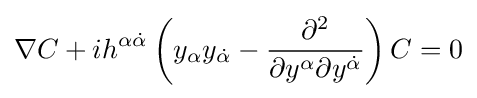
\nabla C+ih^{\alpha {\dot {\alpha }}}\left(y_{\alpha }y_{\dot {\alpha }}-{\frac {\partial ^{2}}{\partial y^{\alpha }\partial y^{\dot {\alpha }}}}\right)C=0